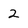
Character: 2